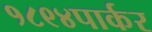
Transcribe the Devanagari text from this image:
१८९४पार्कर